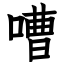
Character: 嘈